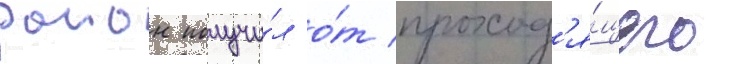
раион получи́л о́т проход'я́щего